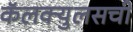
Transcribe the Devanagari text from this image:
कॅलक्युलसची